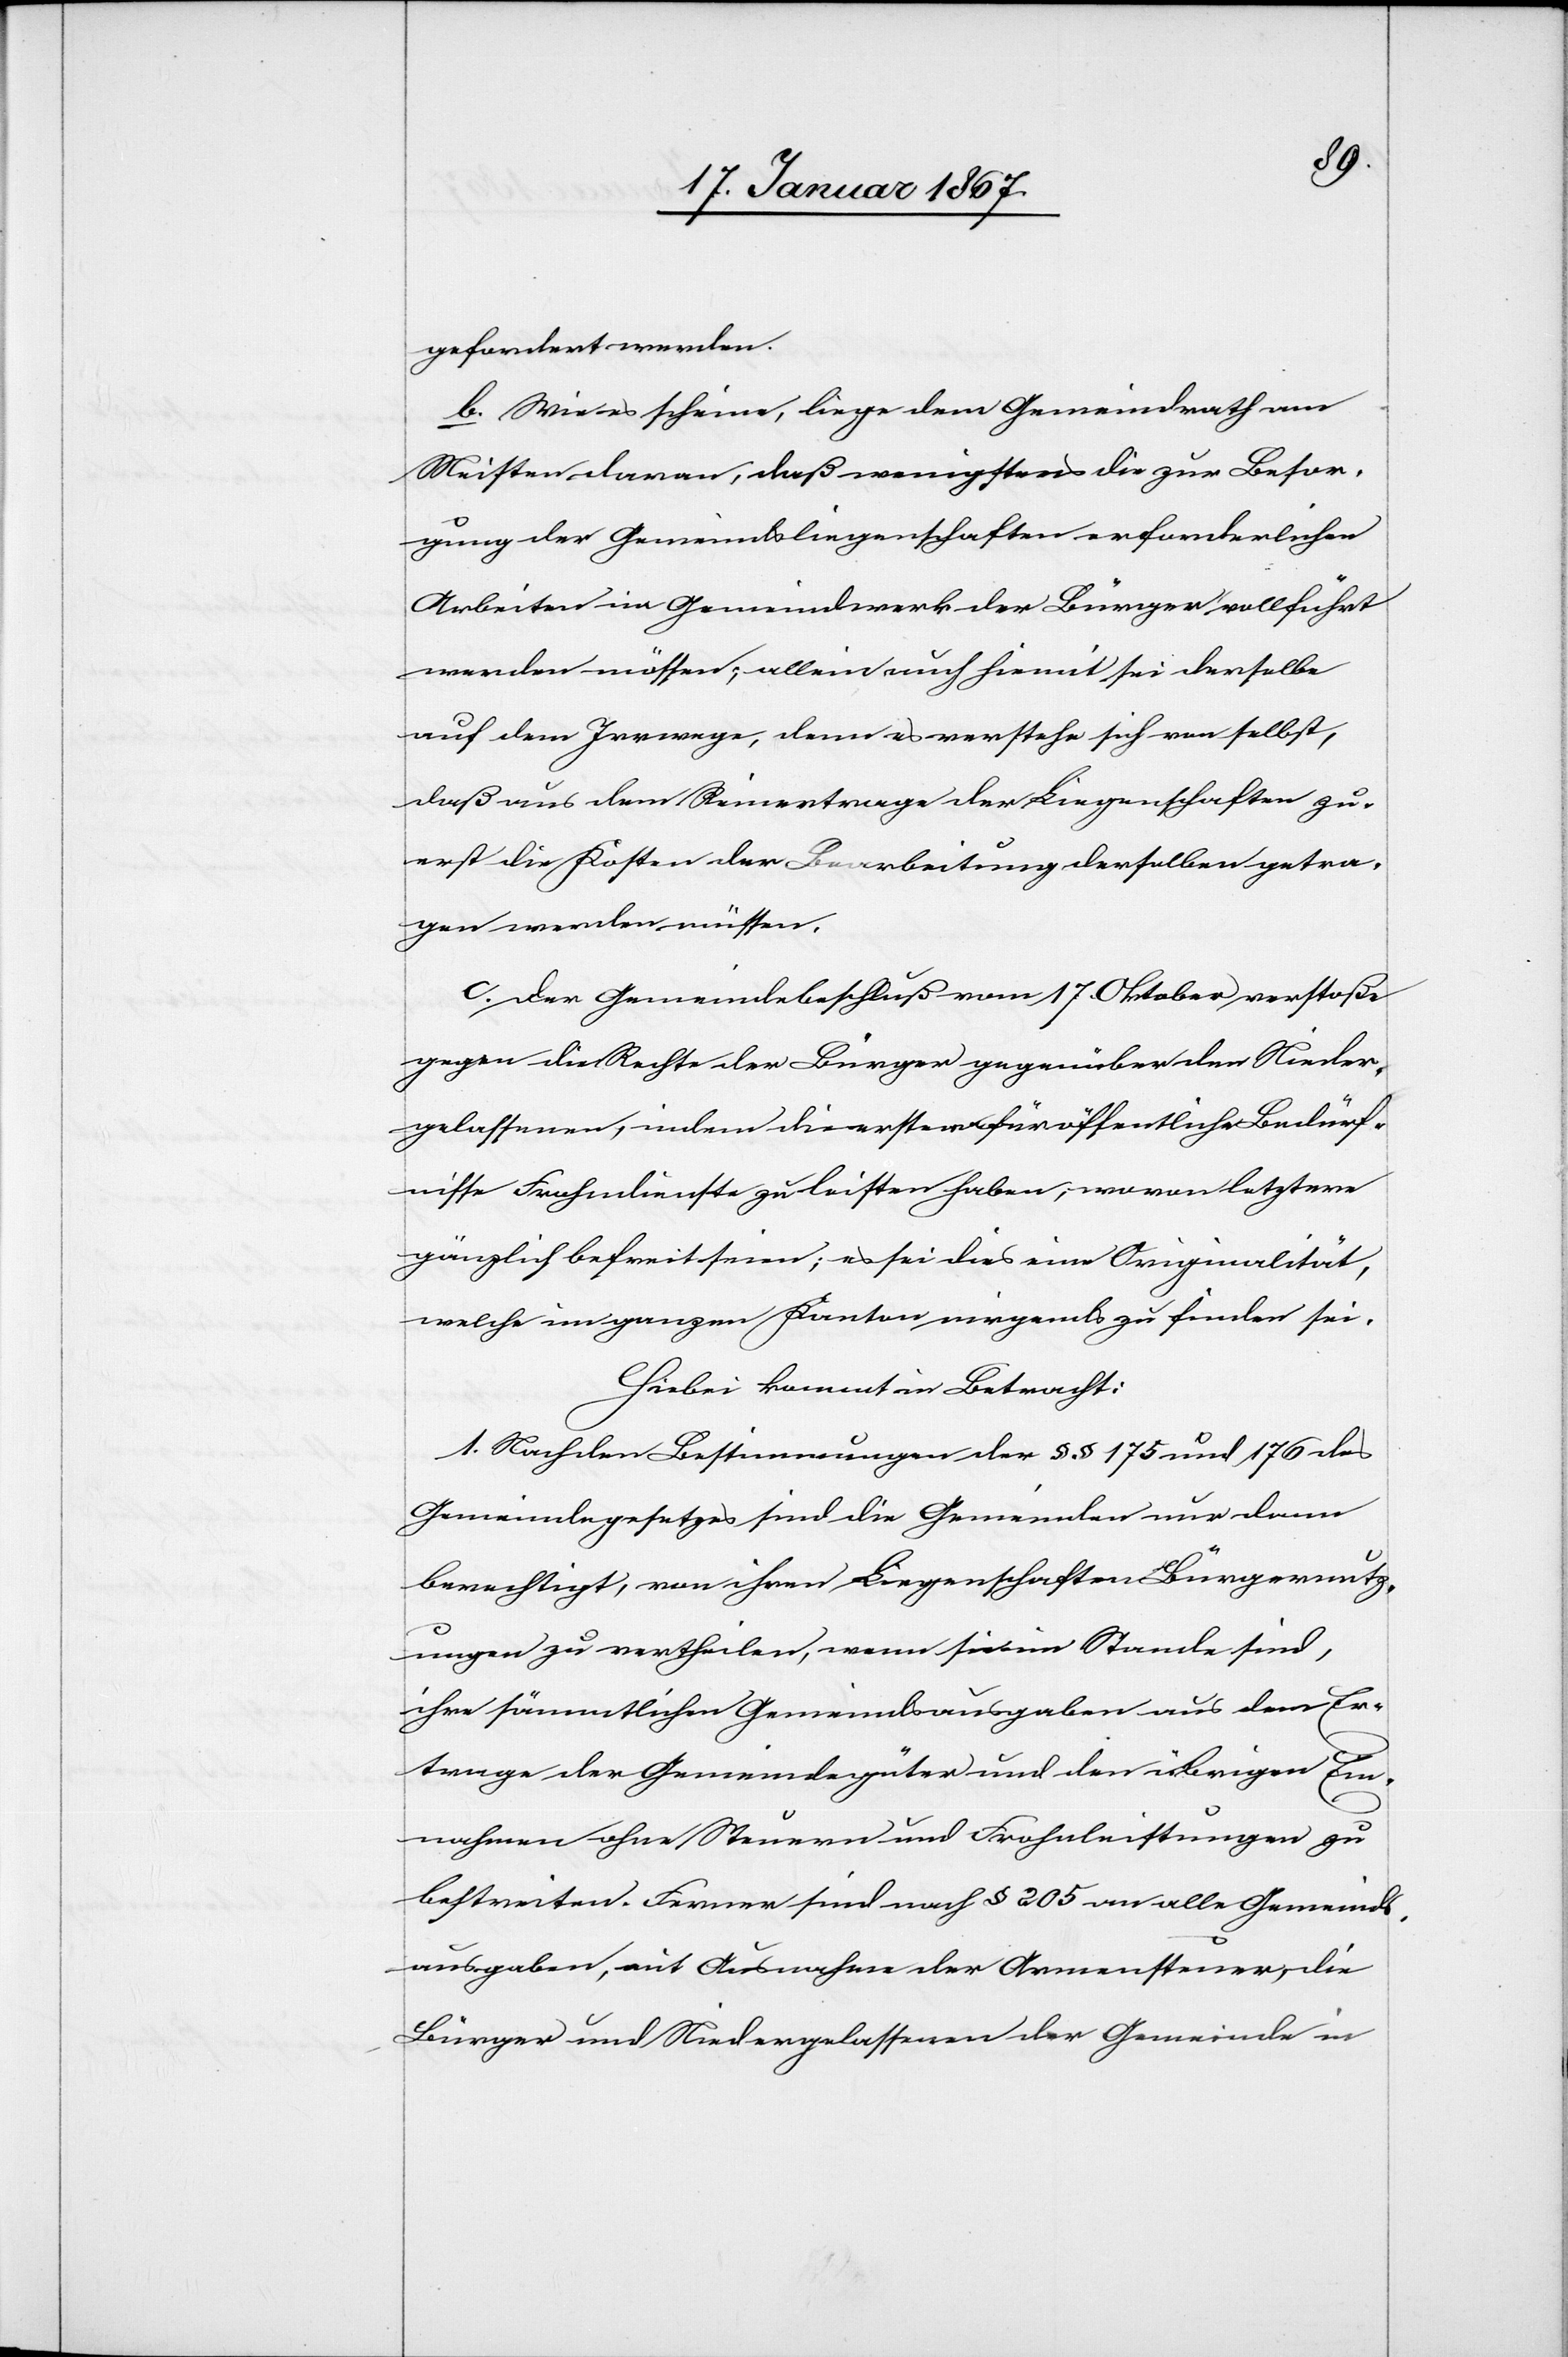
gefordert werden.
b. Wie es scheine, liege dem Gemeinderath am
Meisten daran, daß wenigstens die zur Besor¬
gung der Gemeindsliegenschaften erforderlichen
Arbeiten im Gemeindwerk der Bürger vollführt
werden müssen; allein auch hiemit sei derselbe
auf dem Irrwege, denn es verstehe sich von selbst,
daß aus dem Reinertrage der Liegenschaften zu¬
erst die Kosten der Bearbeitung derselben getra¬
gen werden müssen.
c. Der Gemeindebeschluß vom 17. Oktober verstoße
gegen die Rechte der Bürger gegenüber dem Nieder¬
gelassenen, indem die erstern für öffentliche Bedürf¬
nisse Frohndienste zu leisten haben, wovon letztere
gänzlich befreit seien; es sei dies eine Originalität,
welche im ganzen Kanton nirgends zu finden sei.
Hiebei kommt in Betracht:
1. Nach den Bestimmungen der §§ 175 und 176 des
Gemeindegesetzes sind die Gemeinden nur dann
berechtigt, von ihren Liegenschaften Bürgernutz¬
ungen zu vertheilen, wenn sie im Stande sind,
ihre sämmtlichen Gemeindsausgaben aus dem Er¬
trage der Gemeindegüter und der übrigen Ein¬
nahmen ohne Steuern und Frohnleistungen zu
bestreiten. Ferner sind nach § 205 an alle Gemeinds¬
ausgaben, mit Ausnahme der Armensteuer, die
Bürger und Niedergelassenen der Gemeinde in